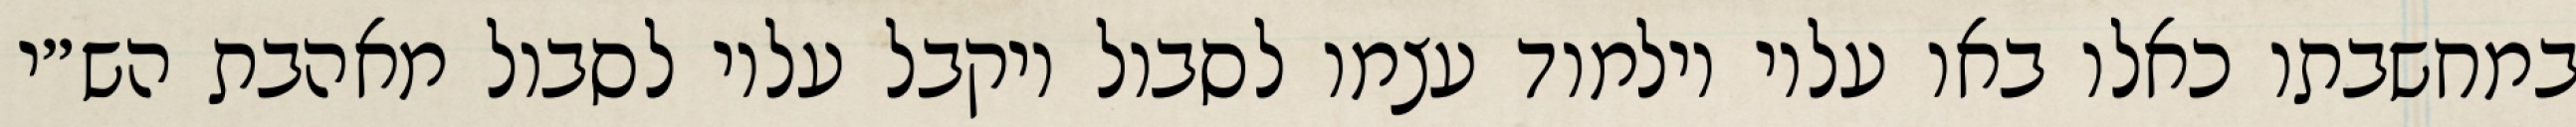
במחשבתו כאלו באו עליו וילמוד עצמו לסבול ויקבל עליו לסבול מאהבת הש״י